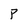
Character: P